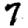
Digit: 7